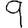
Digit: 9